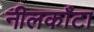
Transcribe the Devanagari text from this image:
नीलकाँटा